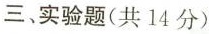
三、实验题(共14分)